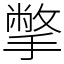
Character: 撆